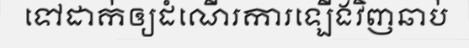
ទៅដាក់ឲ្យដំណើរការឡើងវិញឆាប់